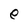
Character: e